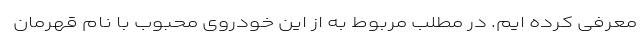
معرفی کرده ایم. در مطلب مربوط به از این خودروی محبوب با نام قهرمان